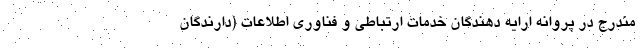
مندرج در پروانه ارایه دهندگان خدمات ارتباطی و فناوری اطلاعات (دارندگان